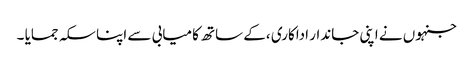
جنہوں نے اپنی جاندار اداکاری ،کے ساتھ کامیابی سے اپنا سکہ جمایا ۔